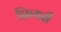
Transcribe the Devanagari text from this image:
फ्रियरी